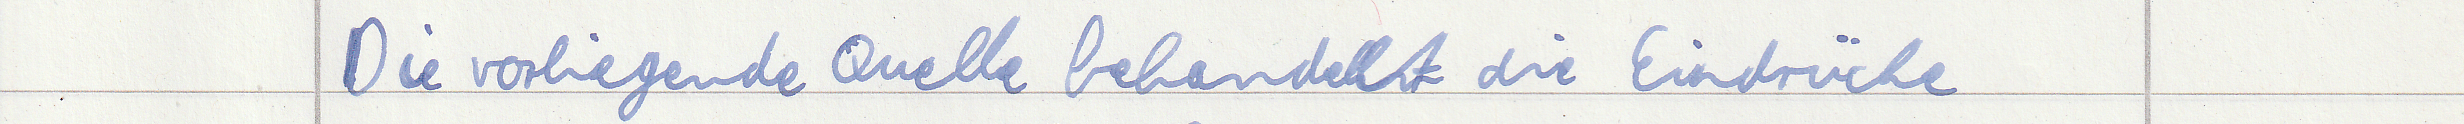
Die vorliegende Quelle behandelt die Eindrücke